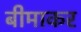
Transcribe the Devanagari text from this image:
बीमाकर